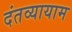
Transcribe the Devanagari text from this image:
दंतव्यायाम